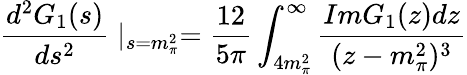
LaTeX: \frac{d^{2}G_{1}(s)}{ds^{2}}\mid_{s=m_{\pi}^{2}}=\frac{12}{5\pi}\int_{4m_{\pi}^{2}}^{\infty}\frac{ImG_{1}(z)dz}{(z-m_{\pi}^{2})^{3}}